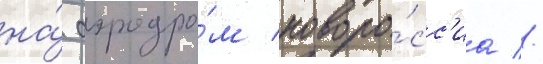
на́ аэродро́м новоро́сс'иа //